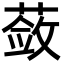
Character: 蔹